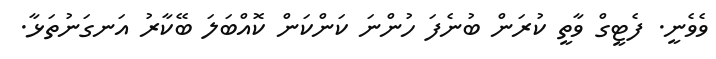
ވެވެނީ. ފެޓީގް ވާތީ ކުރަން ބުނެފަ ހުންނަ ކަންކަން ކޮއްބަލަ ބޭކާރު އަނގަނުތަޅާ.